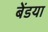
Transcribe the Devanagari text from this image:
बेंडया